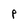
Character: p